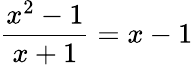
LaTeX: \frac{x^{2}-1}{x+1}=x-1